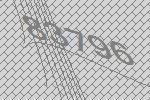
83796